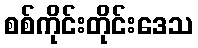
စစ်ကိုင်းတိုင်းဒေသ